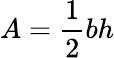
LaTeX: A={\frac{1}{2}}bh